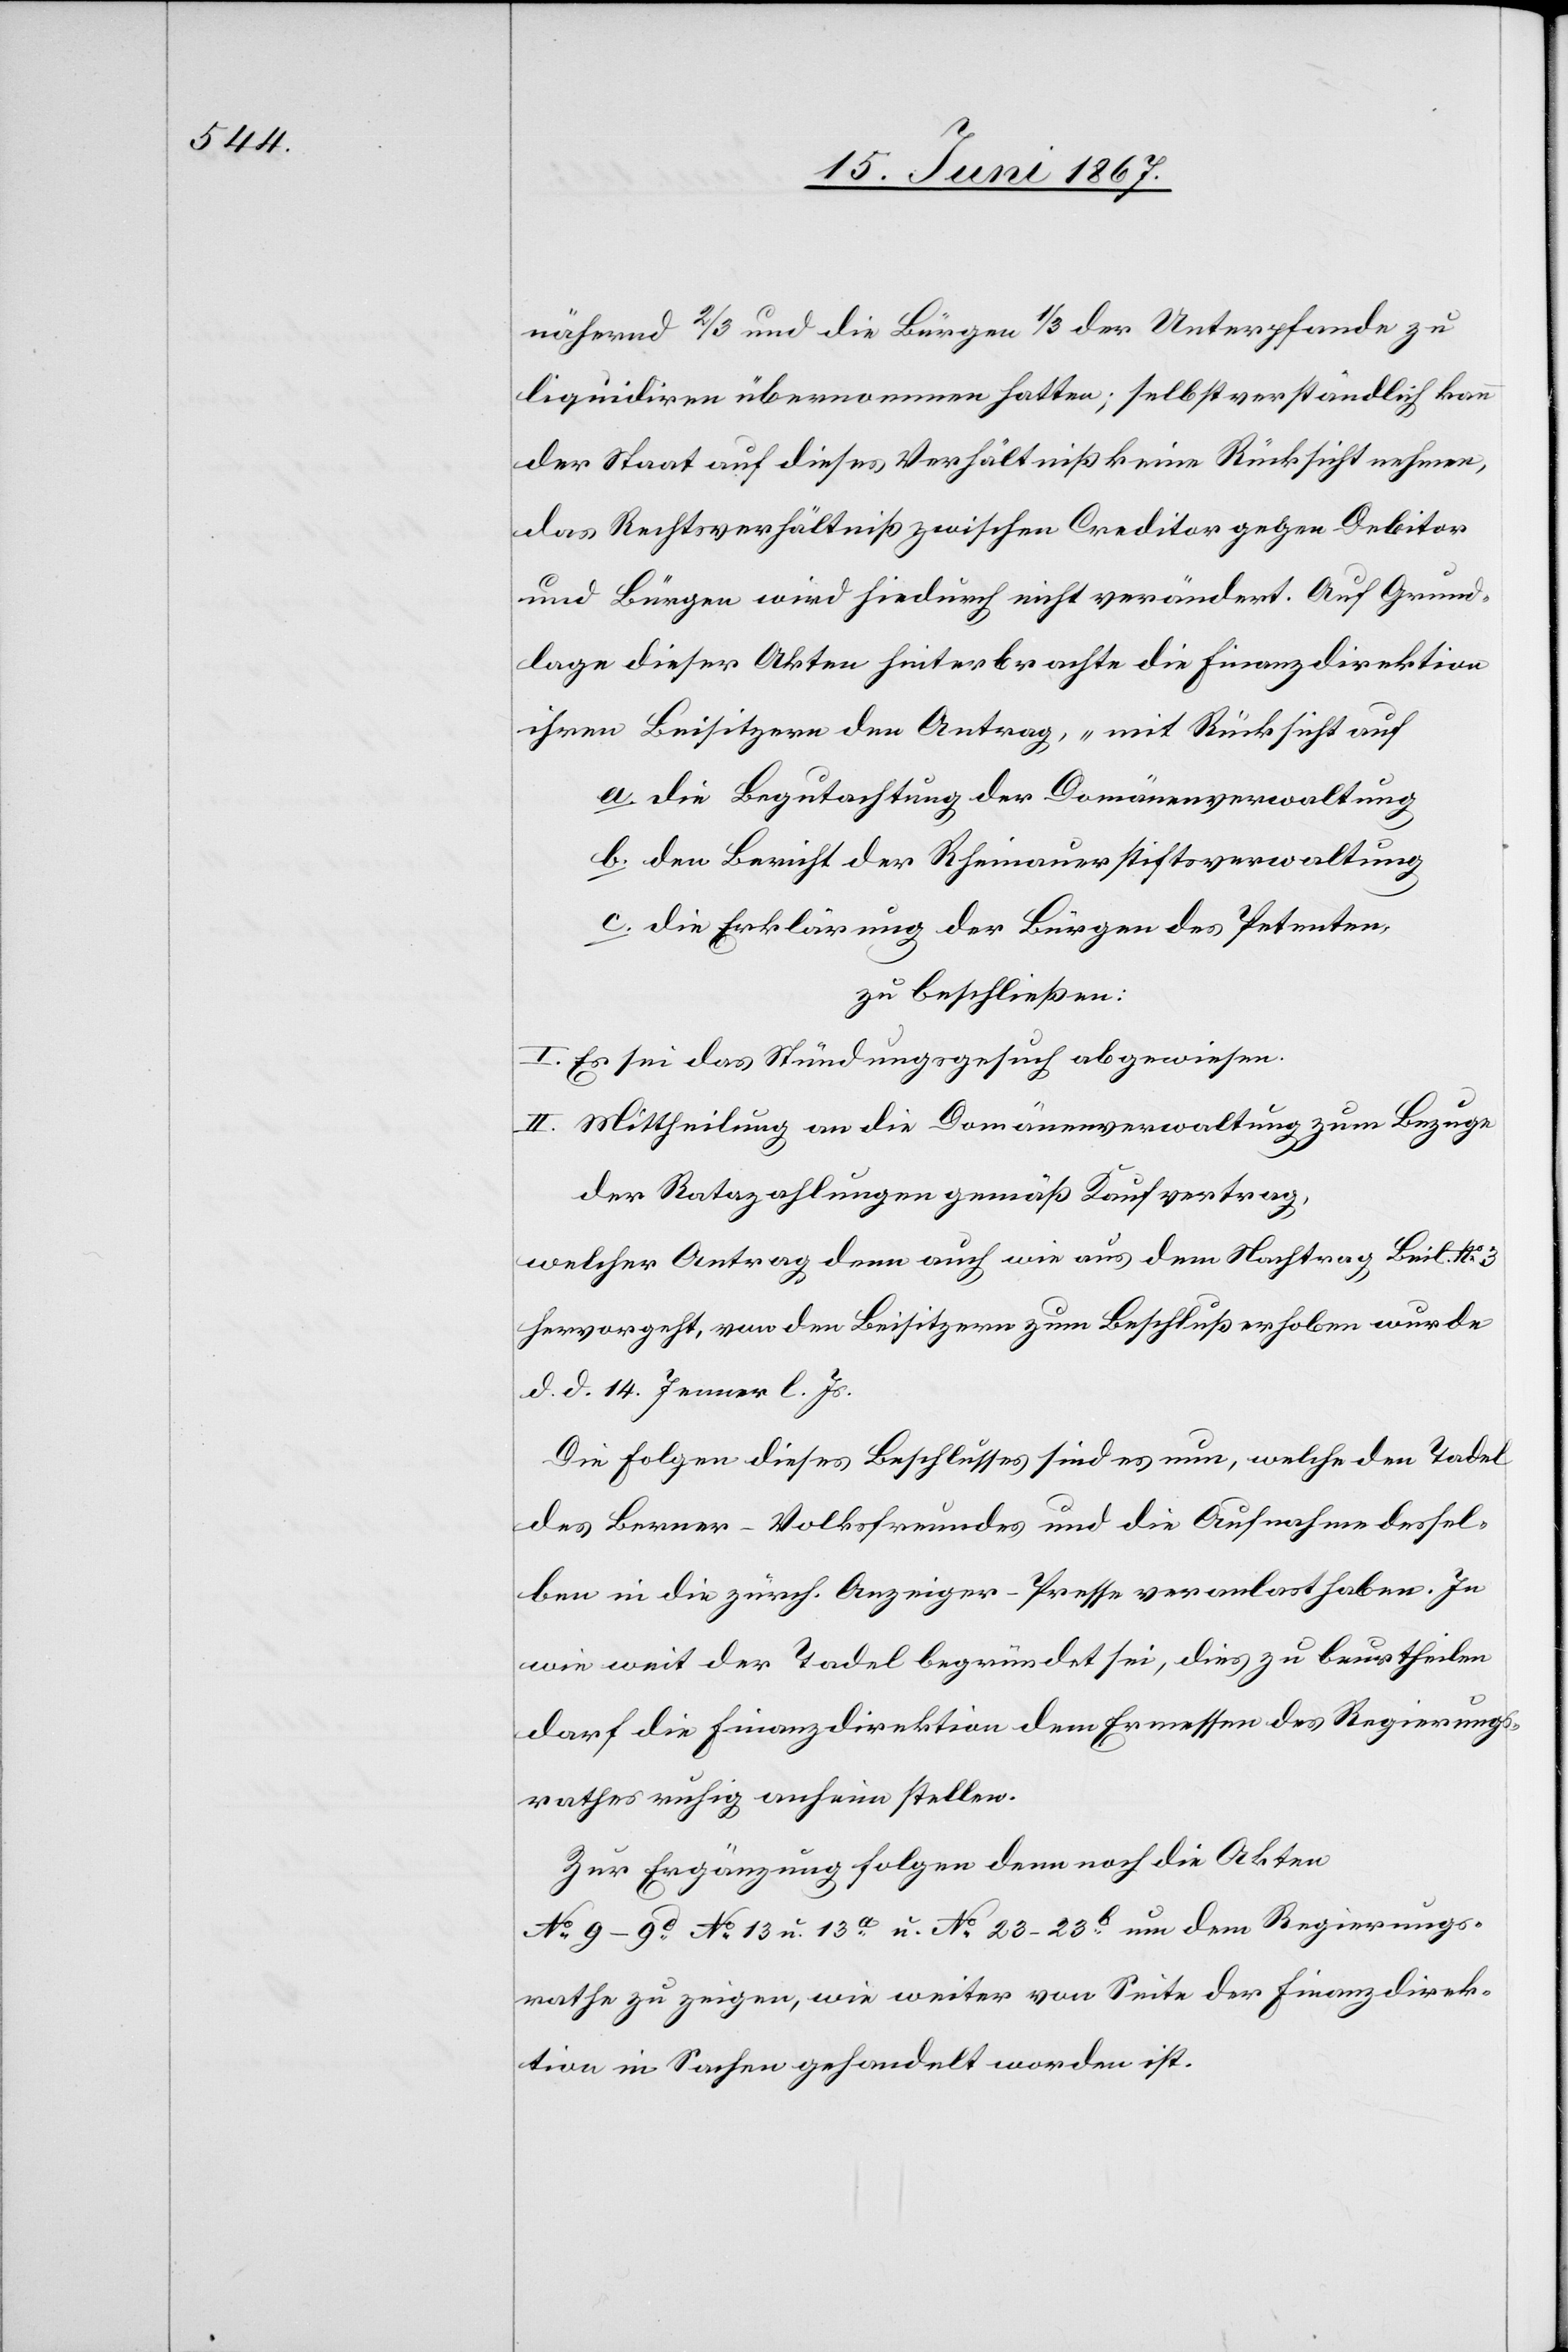
nähernd 2/3 und die Bürgen 1/3 der Unterpfande zu
liquidiren übernommen hatten; selbstverständlich kann
der Staat auf dieses Verhältniß keine Rücksicht nehmen,
das Rechtsverhältniß zwischen Creditor gegen Debitor
und Bürgen wird hiedurch nicht verändert. Auf Grund¬
lage dieser Akten hinterbrachte die Finanzdirektion
ihren Beisitzern den Antrag, „mit Rücksicht auf
a. die Begutachtung der Domänenverwaltung
b. den Bericht der Rheinauerstiftsverwaltung
c. die Erklärung der Bürgen des Petenten,
zu beschließen:
I. Es sei das Stündungsgesuch abgewiesen.
II. Mittheilung an die Domänenverwaltung zum Bezuge
der Ratazahlungen gemäß Kaufvertrag,
welcher Antrag denn auch wie aus dem Nachtrag Beil. No.
hervorgeht, von den Beisitzern zum Beschluße erhoben wurde
d. d. 14. Jenner l. Js.
Die Folgen dieses Beschlusses sind es nun, welche den Tadel
des Berner-Volksfreundes und die Aufnahme dessel¬
ben in die zürch. Anzeiger-Presse veranlast haben. In
wie weit der Tadel begründet sei, dies zu beurtheilen
darf die Finanzdirektion dem Ermessen des Regierungs¬
rathes ruhig anheim stellen.
Zur Ergänzung folgen denn noch die Akten
No. 9–9d. No. 13 u. 13a. u. No. 23–23b. um dem Regierungs¬
rathe zu zeigen, wie weiter von Seite der Finanzdirek¬
tion in Sachen gehandelt worden ist.